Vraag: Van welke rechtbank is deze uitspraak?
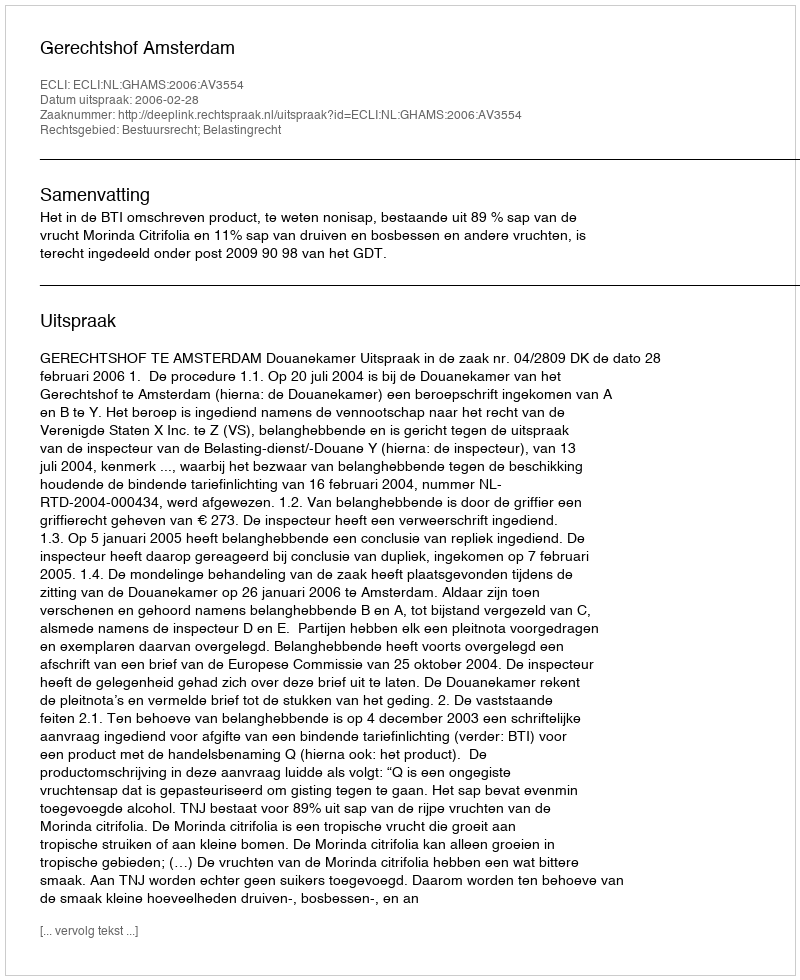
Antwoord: Gerechtshof Amsterdam